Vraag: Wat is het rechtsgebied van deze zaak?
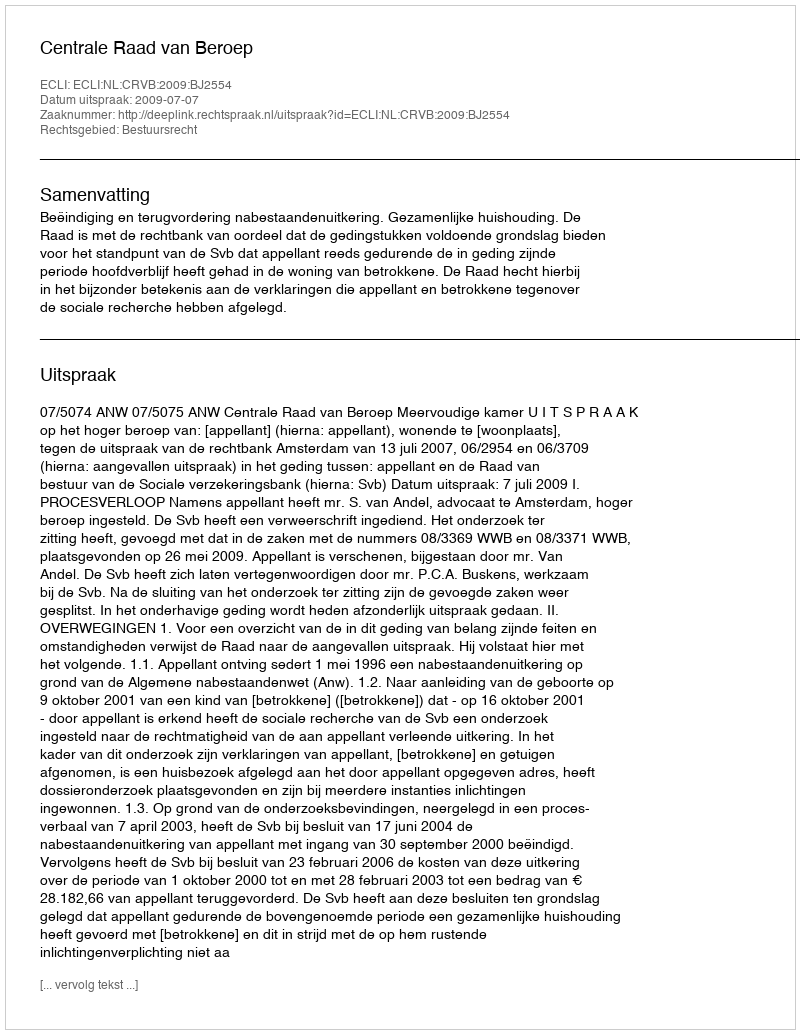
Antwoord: Bestuursrecht